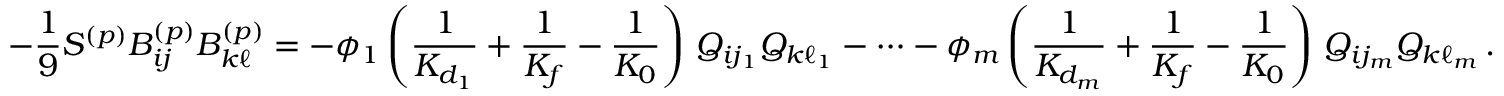
- \frac { 1 } { 9 } S ^ { ( p ) } B _ { i j } ^ { ( p ) } B _ { k \ell } ^ { ( p ) } = - \phi _ { 1 } \left( \frac { 1 } { K _ { d _ { 1 } } } + \frac { 1 } { K _ { f } } - \frac { 1 } { K _ { 0 } } \right) \, Q _ { i j _ { 1 } } Q _ { k \ell _ { 1 } } - \dots - \phi _ { m } \left( \frac { 1 } { K _ { d _ { m } } } + \frac { 1 } { K _ { f } } - \frac { 1 } { K _ { 0 } } \right) \, Q _ { i j _ { m } } Q _ { k \ell _ { m } } \, .